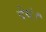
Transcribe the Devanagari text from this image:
देयं।